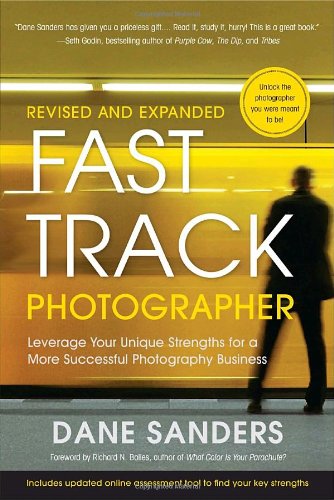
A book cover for Fast Track Photographer, Revised and Expanded Edition: Leverage Your Unique Strengths for a More Successful Photography Business; Dane Sanders; Arts & Photography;